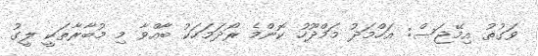
ވަގުތު އިމޭޖަސް: އަހްމަދު މަމްދޫހު ކޮންމެ ރޯދަމަހަކު ބާއްވާ މި މުބާރާތަކީ ލީގު